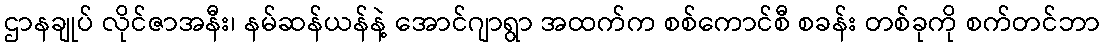
ဌာနချုပ် လိုင်ဇာအနီး၊ နမ်ဆန်ယန်နဲ့ အောင်ဂျာရွာ အထက်က စစ်ကောင်စီ စခန်း တစ်ခုကို စက်တင်ဘာ